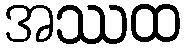
အဿထ